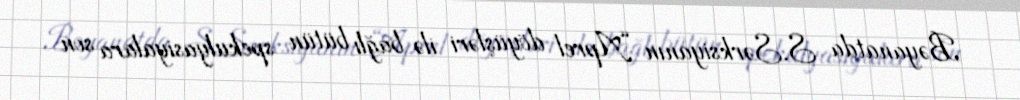
Bəyanatda S.Sərksiyanın “Aprel döyüşləri ilə bağlı bütün spekulyasiyalara son